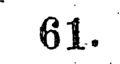
61.